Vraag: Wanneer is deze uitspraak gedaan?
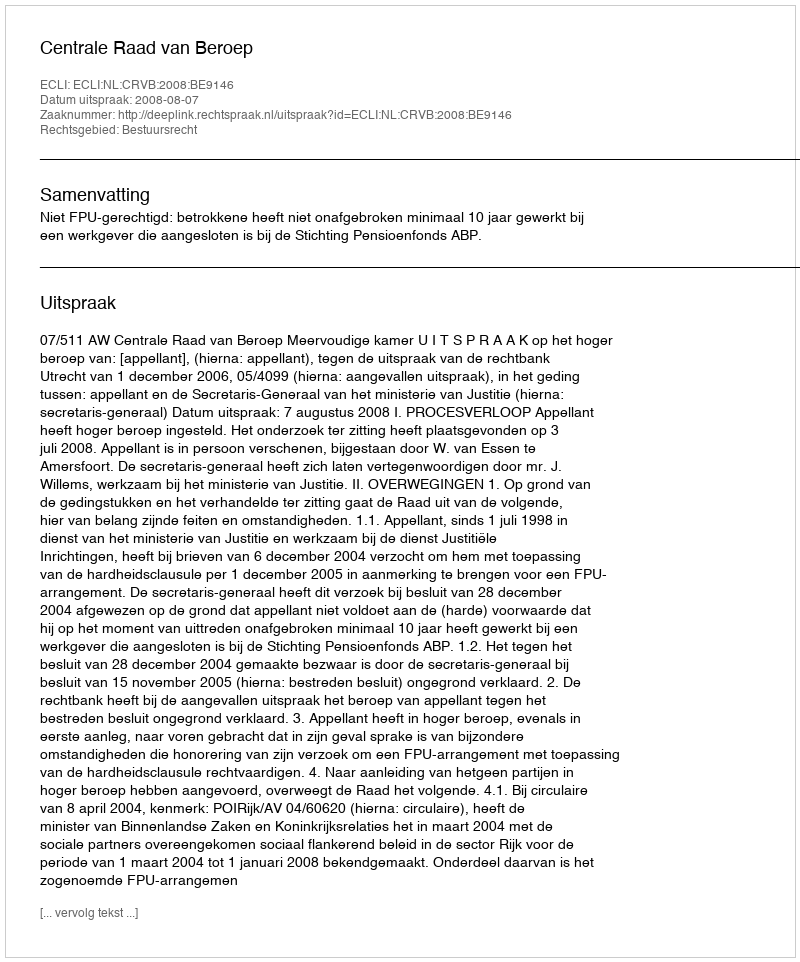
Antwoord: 2008-08-07